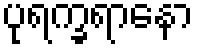
ပုရက္ခရာနော